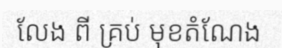
លែង ពី គ្រប់ មុខតំណែង